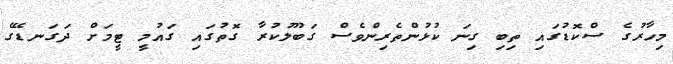
މިހާރުގެ ސްކޮޑުގައި ތިބި ގިނަ ކުޅުންތެރިންވެސް ގަބޫލުކުރާ ގޮތުގައި ގައުމީ ޓީމަށް ދަގަނޑޭގެ